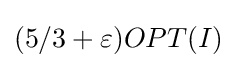
(5/3+\varepsilon )OPT(I)